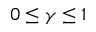
0 \leq \gamma \leq 1